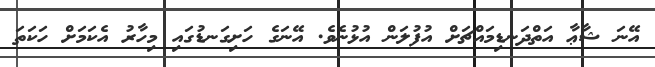
އޭނަ ޝާޢާ އަތްދަނޑިމައްޗަށް އުފުލަން އުޅުނެވެ. އޭނަގެ ހަށިގަނޑުގައި މިހާރު އެކަމަށް ހަކަތަ